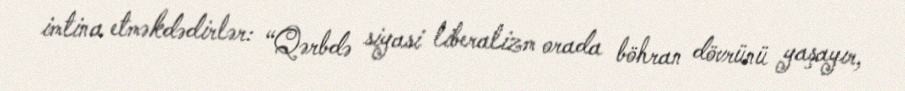
imtina etməkdədirlər: “Qərbdə siyasi liberalizm orada böhran dövrünü yaşayır,